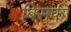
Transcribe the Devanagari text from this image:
बिसफी